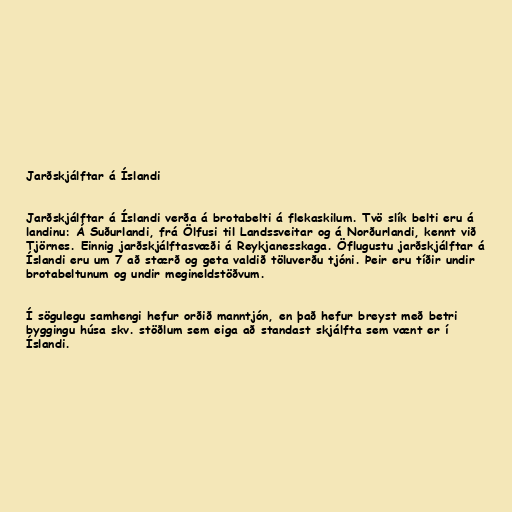
Jarðskjálftar á Íslandi

Jarðskjálftar á Íslandi verða á brotabelti á flekaskilum. Tvö slík belti eru á
landinu: Á Suðurlandi, frá Ölfusi til Landssveitar og á Norðurlandi, kennt við
Tjörnes. Einnig jarðskjálftasvæði á Reykjanesskaga. Öflugustu jarðskjálftar á
Íslandi eru um 7 að stærð og geta valdið töluverðu tjóni. Þeir eru tíðir undir
brotabeltunum og undir megineldstöðvum.

Í sögulegu samhengi hefur orðið manntjón, en það hefur breyst með betri
byggingu húsa skv. stöðlum sem eiga að standast skjálfta sem vænt er í
Íslandi.